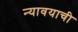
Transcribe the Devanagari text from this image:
न्यावयाची